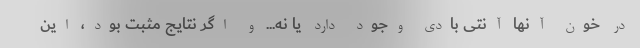
در خون آنها آنتی بادی وجود دارد یا نه... و اگر نتایج مثبت بود، این